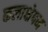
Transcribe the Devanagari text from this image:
कलाक्षेपम